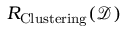
R _ { \mathrm { C l u s t e r i n g } } ( { \mathcal { D } } )